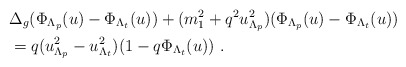
\begin{align*} & \Delta_g(\Phi_{\Lambda_p}(u)-\Phi_{\Lambda_t}(u))+(m_1^2+q^2u_{\Lambda_p}^2)(\Phi_{\Lambda_p}(u)-\Phi_{\Lambda_t}(u))\\&= q(u_{\Lambda_p}^2-u_{\Lambda_t}^2)(1-q\Phi_{\Lambda_t}(u))~.\end{align*}